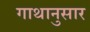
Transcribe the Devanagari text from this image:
गाथानुसार